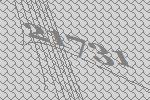
21731